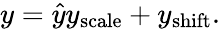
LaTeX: y={\hat{y}}y_{\mathrm{scale}}+y_{\mathrm{shift}}.